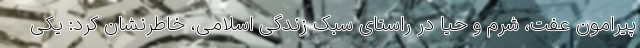
پیرامون عفت، شرم و حیا در راستای سبک زندگی اسلامی، خاطرنشان کرد: یکی